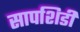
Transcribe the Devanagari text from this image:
सापशिडी